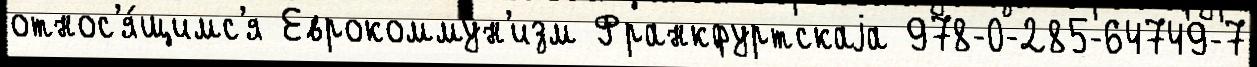
относ'я́щимс'я Еврокоммун'изм Франкфуртскаjа 978-0-285-64749-7